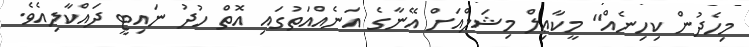
މިހެދުން ކިހިނެއް" މީކާޢިލް މިޝަލްއަށް އޭނާގެ އަނެއްއަތުގައި އޮތް ހުދު ނައިޓީ ދައްކާލިއެވެ.